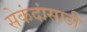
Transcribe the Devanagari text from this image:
सेकंदांसाठी